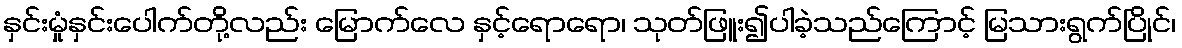
နှင်းမှုံနှင်းပေါက်တို့လည်း မြောက်လေ နှင့်ရောရော၊ သုတ်ဖြူး၍ပါခဲ့သည်ကြောင့် မြသားရွက်ပြိုင်၊